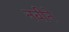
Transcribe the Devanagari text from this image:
नबीने